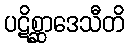
ပဋိစ္ဆာဒေသီတိ